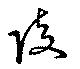
陵